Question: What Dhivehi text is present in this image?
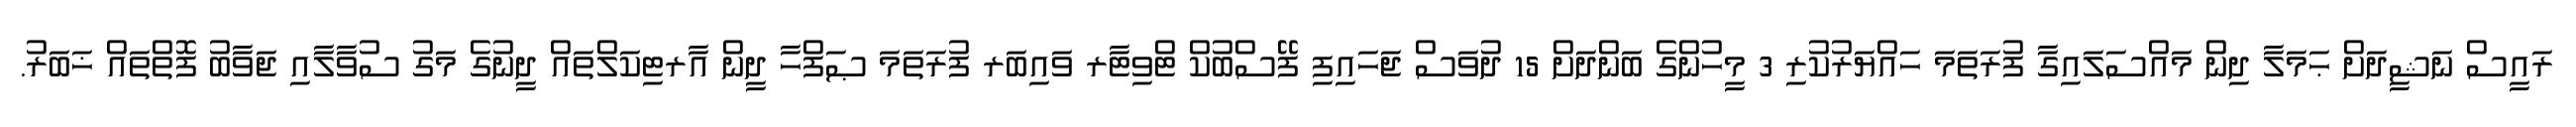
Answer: ރައީސް ނަޝީދަށް ޙަމަލާ ދިން މައްސަލައިގާ ފުރަތަމަ ހައްޔަރުކުރި 3 މީހުންގެ ބަންދަށް 15 ދުވަސް ޖަހައިފި ފޭސްބުކް ޓްވިޓާރ ވައިބަރ ފުރަތަމަ ޞަފްހާ ދީން އާރޓިކަލްތައް ދީނުގެ މަގު ސުވާލާއި ޖަވާބު ފޮތްތައް ޚަބަރު.